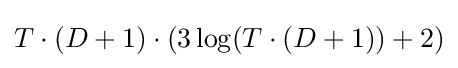
T\cdot (D+1)\cdot (3\log(T\cdot (D+1))+2)